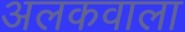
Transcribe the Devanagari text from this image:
अलकवाला